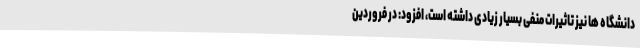
دانشگاه ها نیز تاثیرات منفی بسیار زیادی داشته است، افزود: در فروردین